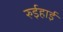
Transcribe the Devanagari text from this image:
रुईहाई